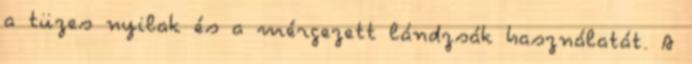
a tüzes nyilak és a mérgezett lándzsák használatát. A